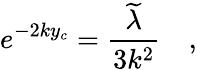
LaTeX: e^{-2ky_{c}}=\frac{\widetilde{\lambda}}{3k^{2}}\quad,